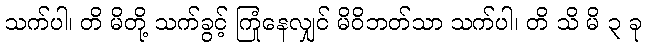
သက်ပါ၊ တိ မိတို့ သက်ခွင့် ကြုံနေလျှင် မိဝိဘတ်သာ သက်ပါ၊ တိ သိ မိ ၃ ခု